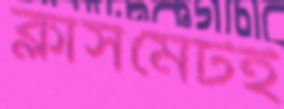
ক্লাসমেটই